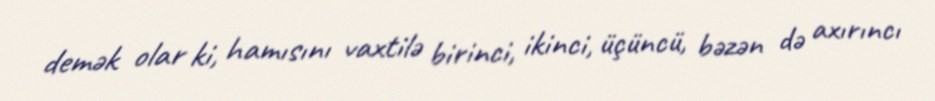
demək olar ki, hamısını vaxtilə birinci, ikinci, üçüncü, bəzən də axırıncı